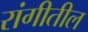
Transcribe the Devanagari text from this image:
रांगीतील